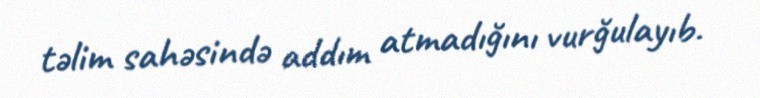
təlim sahəsində addım atmadığını vurğulayıb.